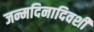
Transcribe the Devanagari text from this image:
जन्मदिनादिवशी